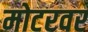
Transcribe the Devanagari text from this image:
मोटरवर